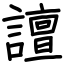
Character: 譠